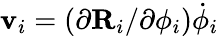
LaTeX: \mathbf{v}_{i}=(\partial\mathbf{R}_{i}/\partial\phi_{i}){\dot{\phi}}_{i}